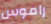
راموس